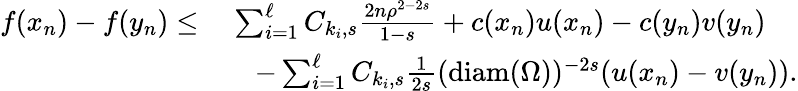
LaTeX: \begin{array}{rl}{f(x_{n})-f(y_{n})\leq}&{\; \sum_{i=1}^{\ell}C_{k_{i},s}\frac{2n\rho^{2-2s}}{1-s}+c(x_{n})u(x_{n})-c(y_{n})v(y_{n})}\\ &{\quad-\sum_{i=1}^{\ell}C_{k_{i},s}\frac{1}{2s}(\mathrm{diam}(\Omega))^{-2s}(u(x_{n})-v(y_{n})).}\end{array}